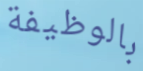
بالوظيفة